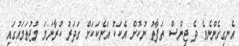
އެނގިގެންނެވެ ދެ ޖިންސް ތަފާތު ނުކޮށް އެކަކު އަނެކަކަށް ގަދަރު ކުރާނަމަ މުޖުތަމައުގައި